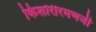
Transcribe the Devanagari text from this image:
किशोरीरमणजी